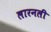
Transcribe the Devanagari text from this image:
लारनली